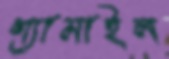
শ্যামাইল